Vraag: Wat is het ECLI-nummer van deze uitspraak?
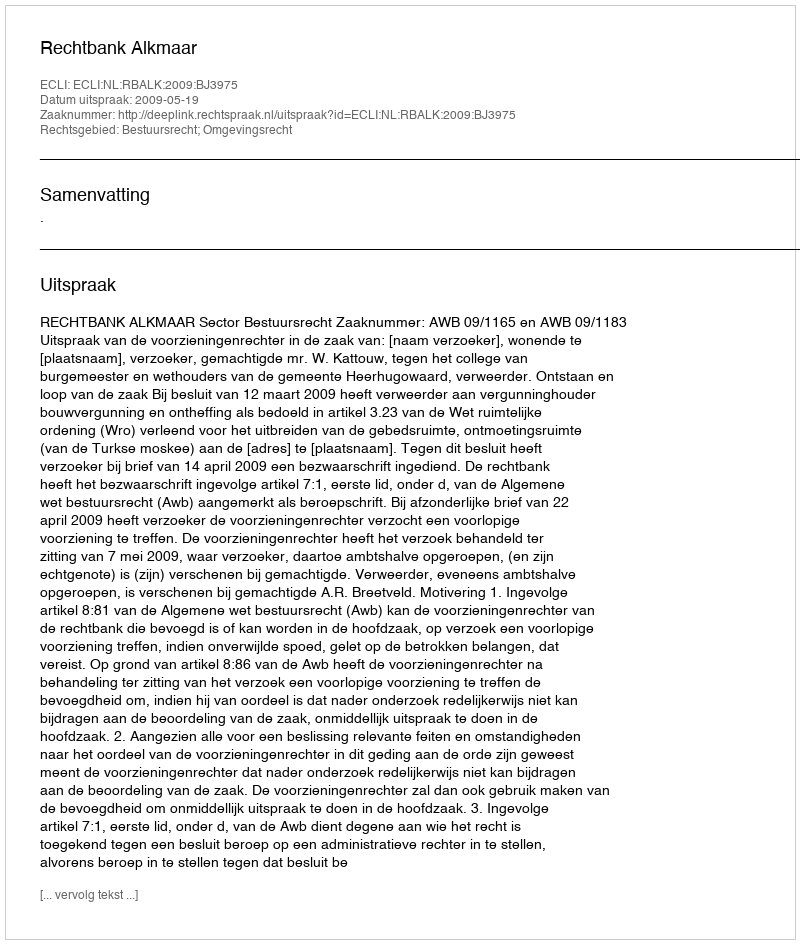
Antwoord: ECLI:NL:RBALK:2009:BJ3975